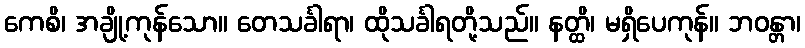
ကေစိ၊ အချို့ကုန်သော။ တေသင်္ခါရာ၊ ထိုသင်္ခါရတို့သည်။ နတ္ထိ၊ မရှိပေကုန်။ ဘဝန္တာ၊